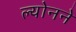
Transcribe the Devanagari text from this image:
ल्योनने